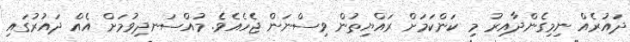
ދައުރެއް ނިމިގެންދާއިރު މި ކަންކަމަށް ރައްޔިތުން ވިސްނަން ޖެހެއެވެ. މުއްސަނދިވުމަށް އެއް ދައުރުގައި